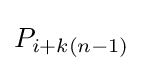
P_{i+k(n-1)}